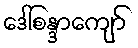
ဒေါ်စန္ဒာကျော်